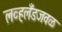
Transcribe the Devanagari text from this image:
लव्हलँडजवळ